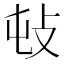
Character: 𢻴